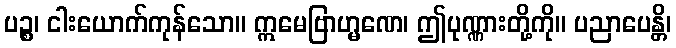
ပဉ္စ၊ ငါးယောက်ကုန်သော။ ဣမေဗြာဟ္မဏေ၊ ဤပုဏ္ဏားတို့ကို။ ပညာပေန္တိ၊